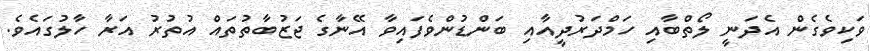
ވަކިވެގެން އެދަނީ ލޯތްބާއި ހަމްދަރުދީއާއި ބަންޑުންވެފައިވާ އޭނާގެ ޖަޒުބާތުތައް އުތުރު އަރާ ހާލުގައެވެ.